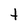
Character: t